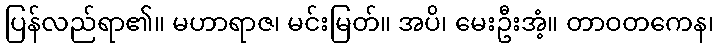
ပြန်လည်ရာ၏။ မဟာရာဇ၊ မင်းမြတ်။ အပိ၊ မေးဦးအံ့။ တာဝတကေန၊